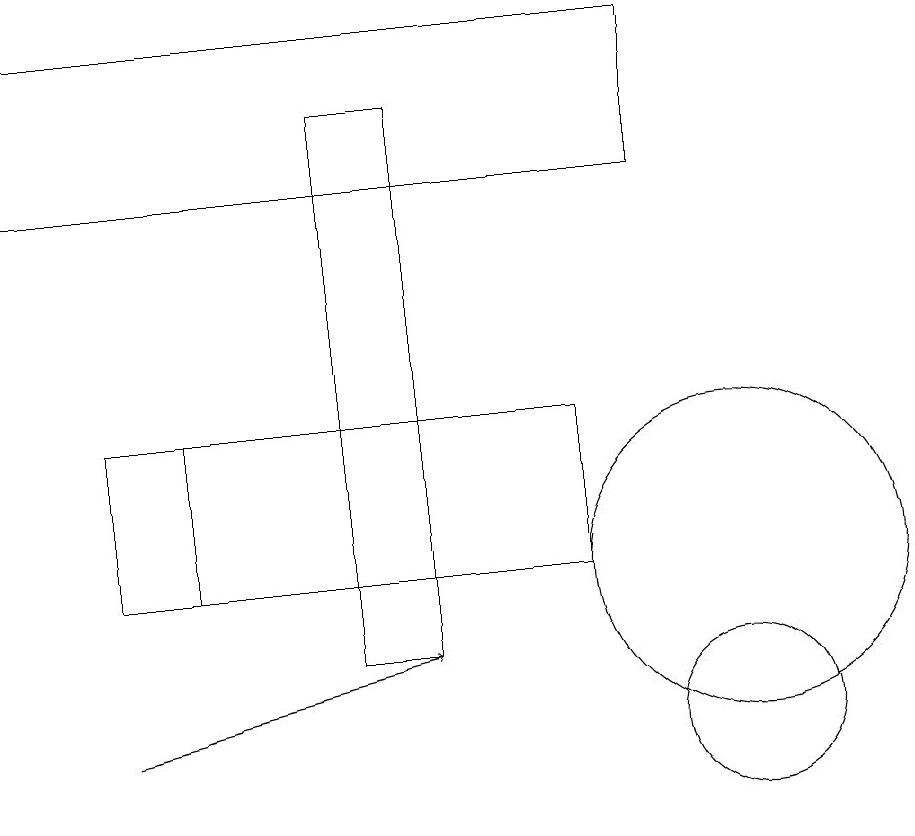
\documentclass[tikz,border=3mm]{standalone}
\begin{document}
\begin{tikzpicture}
\draw[->] (2,10) -- (6,11);
\draw (10,12) circle (2);
\draw (8,14) rectangle (2,12);
\draw (10,10) circle (1);
\draw (9,19) rectangle (1,17);
\draw (6,18) rectangle (5,11);
\draw (6,14) rectangle (3,12);
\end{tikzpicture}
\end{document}